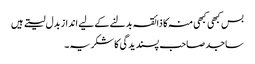
بس کبھی کبھی منہ کا ذائقہ بدلنے کے لیے انداز بدل لیتے ہیں
ساجد صاحب پسندیدگی کا شکریہ۔